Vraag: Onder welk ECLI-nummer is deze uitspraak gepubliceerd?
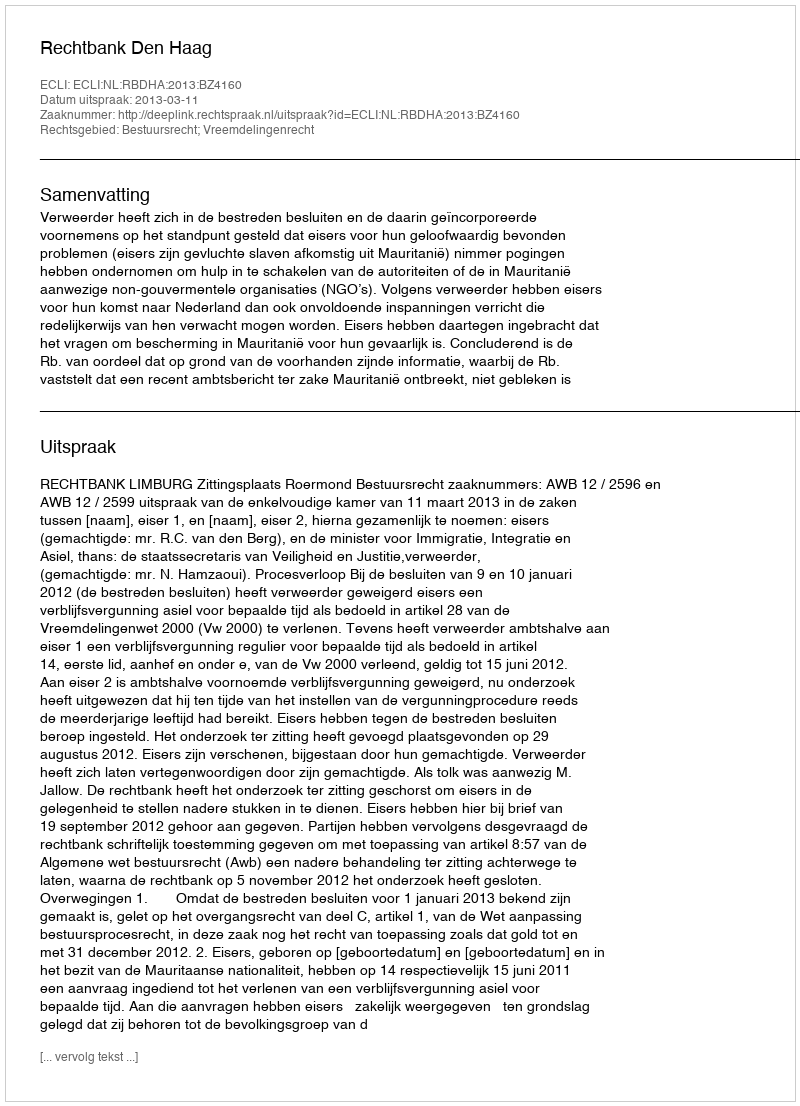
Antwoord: ECLI:NL:RBDHA:2013:BZ4160